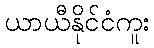
ယာယီနိုင်ငံကူး